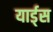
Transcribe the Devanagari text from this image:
यार्ड्‌स